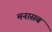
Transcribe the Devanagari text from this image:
मनासब